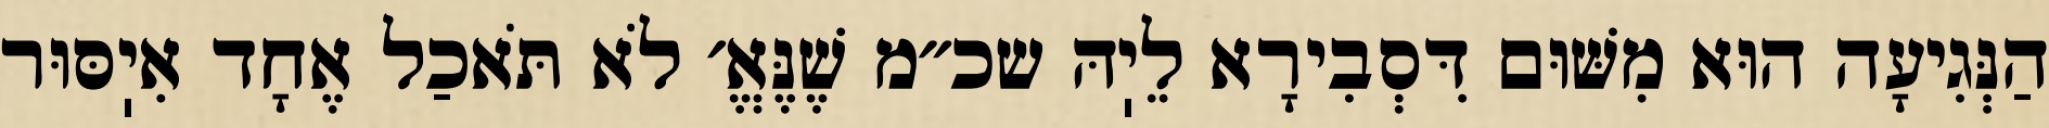
הַנְּגִיעָה הוּא מִשּׁוּם דִּסְבִירָא לֵיֽהּ שכ״מ שֶׁנֶּאֱ׳ לֹא תֹּאכַל אֶחָד אִיֽסּוּר